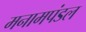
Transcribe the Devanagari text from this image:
मनामपंडल